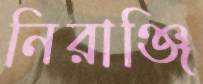
নিরাঞ্জি